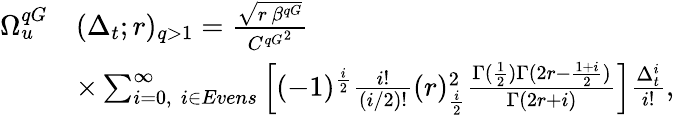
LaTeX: \begin{array}{rl}{\Omega_{u}^{qG}}&{(\Delta_{t};r)_{q>1}=\frac{\sqrt{r\, \beta^{qG}}}{{C^{qG}}^{2}}}\\ &{\times\sum_{i=0,\, \, i\in Evens}^{\infty}\left[(-1)^{\frac{i}{2}}\frac{i!}{(i/2)!}(r)_{\frac{i}{2}}^{2}\frac{\Gamma({\frac{1}{2})\Gamma({2r-\frac{1+i}{2}})}}{\Gamma({2r+i})}\right]\frac{\Delta_{t}^{i}}{i!},}\end{array}